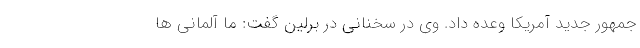
جمهور جدید آمریکا وعده داد. وی در سخنانی در برلین گفت: ما آلمانی ها